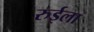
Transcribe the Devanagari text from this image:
रुईला